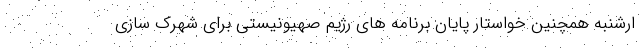
ارشنبه همچنین خواستار پایان برنامه های رژیم صهیونیستی برای شهرک سازی